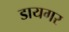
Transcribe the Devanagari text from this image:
डायगर